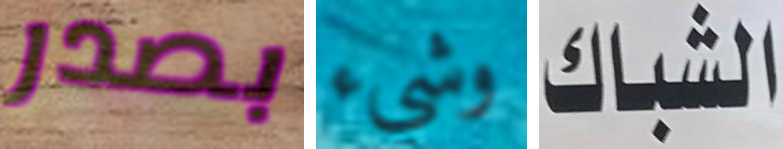
بصدر وشيء الشباك